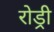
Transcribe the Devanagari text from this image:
रोड्री